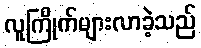
လူကြိုက်များလာခဲ့သည်